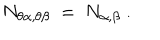
N _ { \theta \alpha , \theta \beta } ~ = ~ N _ { \alpha , \beta } ~ .